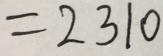
= 2 3 1 0